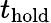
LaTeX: t_{\textrm{hold}}